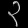
Digit: ၃